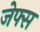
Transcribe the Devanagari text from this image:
जेफ्स